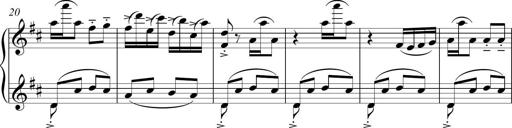
Title: Sonatina del HuÃ©car
Composer: JosÃ© Miguel Moreno Sabio